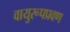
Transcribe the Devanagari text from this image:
वायुरूपप्रवण